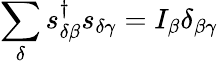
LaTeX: \sum_{\delta}s_{\delta\beta}^{\dagger}s_{\delta\gamma}=I_{\beta}\delta_{\beta\gamma}